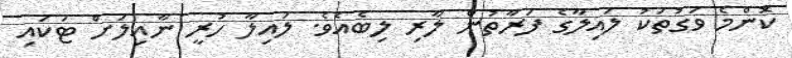
ކޮންމެ ވަގުތަކު ލައިލާގެ ފަރާތުން ލާރި ލިބެއެވެ. ލައިލާ ހުރީ ނާއިލަށް ޓަކައި